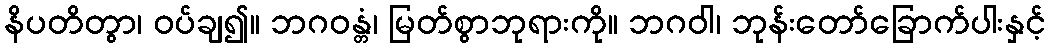
နိပတိတွာ၊ ဝပ်ချ၍။ ဘဂဝန္တံ၊ မြတ်စွာဘုရားကို။ ဘဂဝါ၊ ဘုန်းတော်ခြောက်ပါးနှင့်